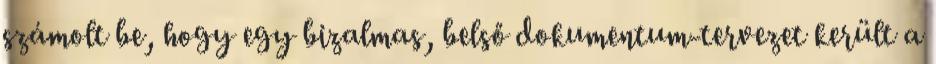
számolt be, hogy egy bizalmas, belső dokumentum-tervezet került a